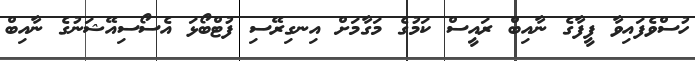
ހުސްވެފައިވާ ފީފާގެ ނާއިބް ރައީސް ކަމުގެ މަގާމަށް އިނގިރޭސި ފުޓްބޯޅަ އެސޯސިއޭޝަނުގެ ނާއިބް